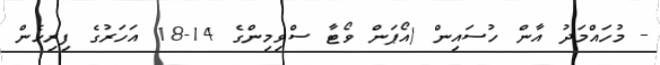
- މުހައްމަދު އާން ހުސައިން (އޯޕަން ވޯޓާ ސްވިމިންގެ 14-18 އަހަރުގެ ފިރިހެން